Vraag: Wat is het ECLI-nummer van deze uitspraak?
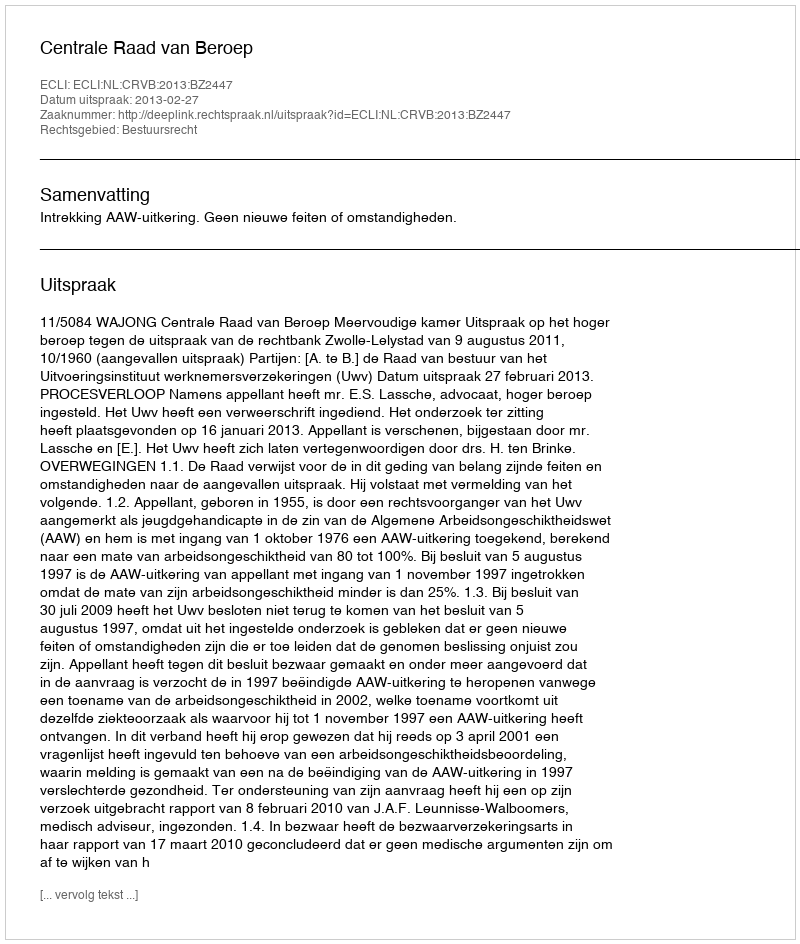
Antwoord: ECLI:NL:CRVB:2013:BZ2447